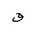
Letter: _qaf